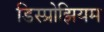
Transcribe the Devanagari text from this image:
डिस्प्रोझियम